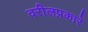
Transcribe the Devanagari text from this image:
वरीलप्रकारे